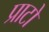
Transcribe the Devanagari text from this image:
प्राटो